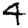
Digit: 4